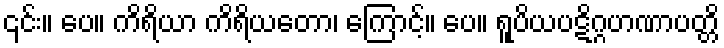
၎င်း။ ပေ။ ကိရိယာ ကိရိယတော၊ ကြောင့်။ ပေ။ ရူပိယပဋိဂ္ဂဟဏာပတ္တိ